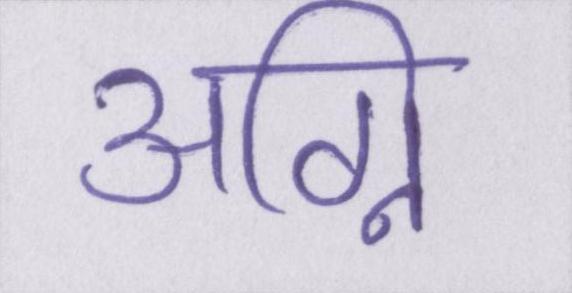
अग्नि